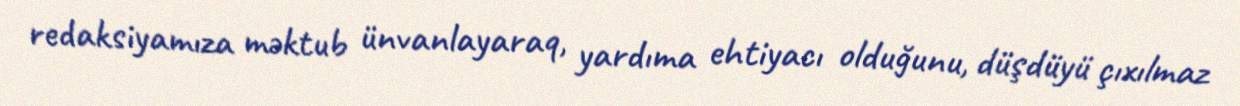
redaksiyamıza məktub ünvanlayaraq, yardıma ehtiyacı olduğunu, düşdüyü çıxılmaz